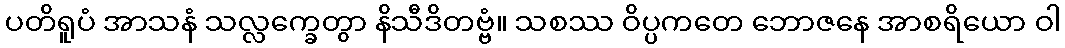
ပတိရူပံ အာသနံ သလ္လက္ခေတွာ နိသီဒိတဗ္ဗံ။ သစဿ ဝိပ္ပကတေ ဘောဇနေ အာစရိယော ဝါ